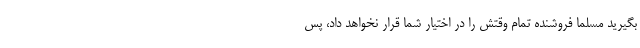
بگیرید مسلما فروشنده تمام وقتش را در اختیار شما قرار نخواهد داد، پس